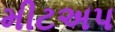
મીટઅપ